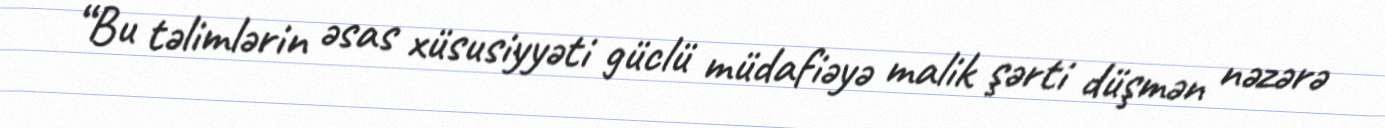
“Bu təlimlərin əsas xüsusiyyəti güclü müdafiəyə malik şərti düşmən nəzərə